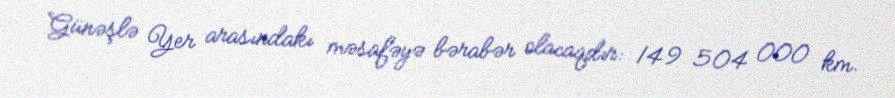
Günəşlə Yer arasındakı məsafəyə bərabər olacaqdır: 149 504 000 km.